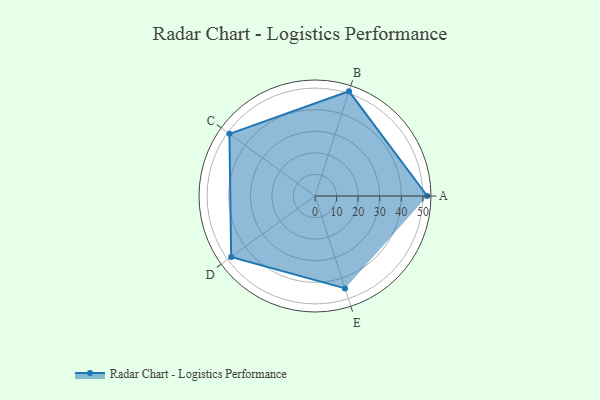
{"axis": {"x": "Skill", "y": "Score"}, "legend": ["Profile"], "data": [{"x": "A", "y": 52.0, "type": "Profile"}, {"x": "B", "y": 51.0, "type": "Profile"}, {"x": "C", "y": 49.0, "type": "Profile"}, {"x": "D", "y": 48.0, "type": "Profile"}, {"x": "E", "y": 45.0, "type": "Profile"}]}